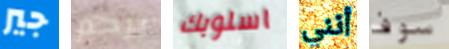
جير يرحم اسلوبك أنني سوف